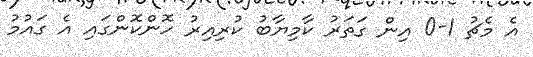
އެ މެޗު 1-0 އިން ގަތަރު ކާމިޔާބު ކުރިއިރު ހޮންކޮންގައި އެ ގައުމު